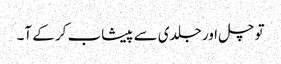
تو چل اور جلدی سے پیشاب کر کے آ۔